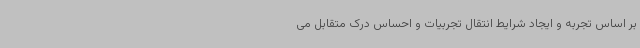
بر اساس تجربه و ایجاد شرایط انتقال تجربیات و احساس درک متقابل می